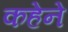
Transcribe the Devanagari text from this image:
कहेने